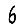
Digit: 6